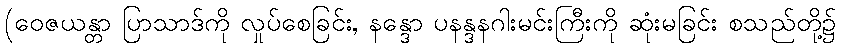
(ဝေဇယန္တာ ပြာသာဒ်ကို လှုပ်စေခြင်း, နန္ဒော ပနန္ဒနဂါးမင်းကြီးကို ဆုံးမခြင်း စသည်တို့၌